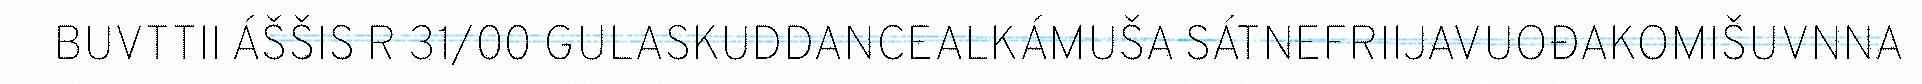
BUVTTII ÁŠŠIS R 31/00 GULASKUDDANCEALKÁMUŠA SÁTNEFRIIJAVUOĐAKOMIŠUVNNA